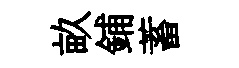
畝鋪蓄